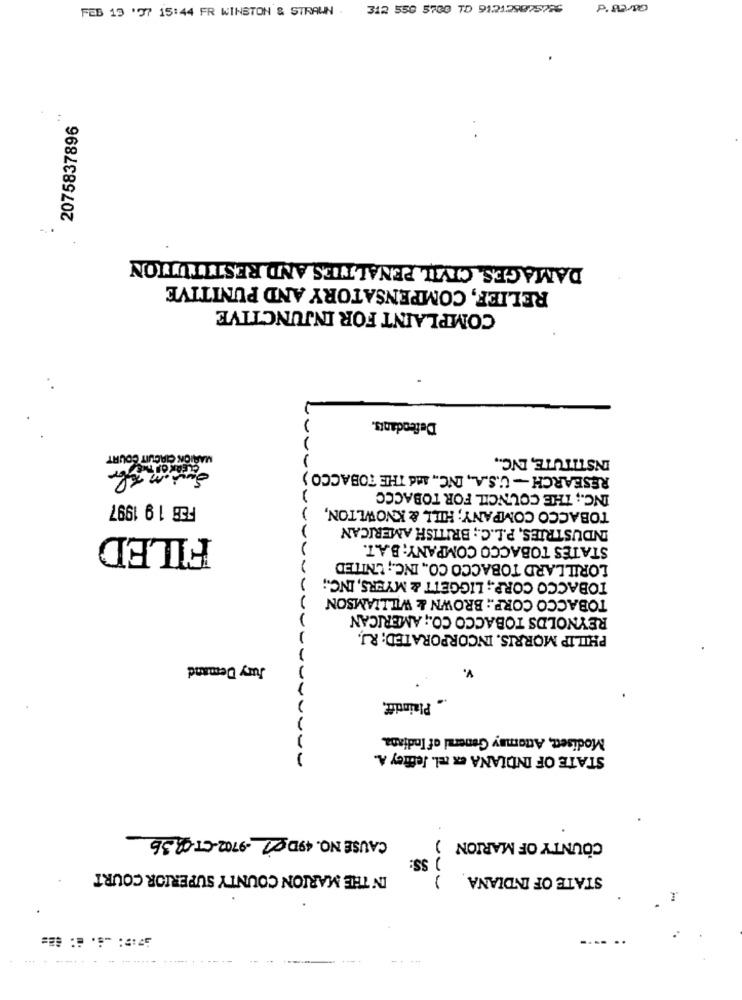
FEB 19 '77 15:44 FR WINSTON & STRAUN . 312 550 5700 TD 912129075786
P.13.00
2075837896
..
DAMAGES. CIVIL PENALTIES AND RESTITUTION
RELIEF, COMPENSATORY AND PUNITIVE
COMPLAINT FOR INJUNCTIVE
Defendants.
MARION CIRCUIT COURT
INSTITUTE, INC .,
RESEARCH - U.S.A ., INC ., And THE TOBACCO )
INC .; THE COUNCIL FOR TOBACCO
FEB 19 1997
TOBACCO COMPANY; HILL & KNOWLTON,
INDUSTRIES, P.L.C .; BRITISH AMERICAN
FILED
STATES TOBACCO COMPANY; B.A.T.
LORILLARD TOBACCO CO ., INC .; UNITED
TOBACCO CORP .; LIGGETT & MYERS, INC .;
TOBACCO CORP .: BROWN & WILLIAMSON
REYNOLDS TOBACCO CO .; AMERICAN
PHILIP MORRIS. INCORPORATED; RJ.
Jury Demand
V.
. Plaintiff,
Modisett, Attamay General of Indiana.
STATE OF INDIANA ex tel. Jeffrey A.
CAUSE NO. 49D 01-9702-CT-0836
COUNTY OF MARION
SS:
IN THE MARION COUNTY SUPERIOR COURT
STATE OF INDIANA